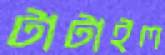
টাটাইল